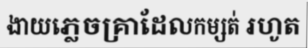
ងាយភ្លេចគ្រាដែលកម្សត់ រហូត